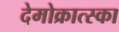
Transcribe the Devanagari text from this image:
देमोक्रात्स्का